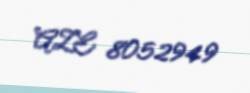
AZE 8052949